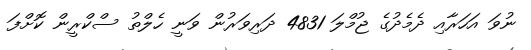
ނުވަ އަހަރާއި ދެމެދުގެ ޖުމްލަ 4831 ދަރިވަރުން ވަނީ ހެލްތު ސްކްރީން ކޮށްފަ